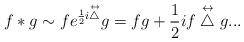
LaTeX: \begin{align*}f*g \sim f e^{\frac{1}{2}i\stackrel{\leftrightarrow}{\bigtriangleup}} g= fg+\frac{1}{2}if\stackrel{\leftrightarrow}{\bigtriangleup} g...\end{align*}